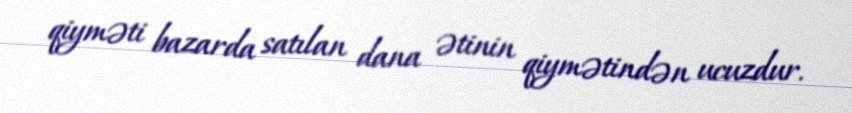
qiyməti bazarda satılan dana ətinin qiymətindən ucuzdur.